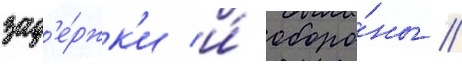
зад'е́ржк'и и́ оборо́ны //